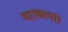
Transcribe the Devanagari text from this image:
था।कापरी